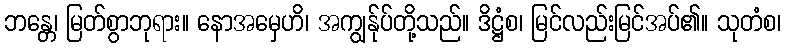
ဘန္တေ၊ မြတ်စွာဘုရား။ နောအမှေဟိ၊ အကျွန်ုပ်တို့သည်။ ဒိဋ္ဌံစ၊ မြင်လည်းမြင်အပ်၏။ သုတံစ၊